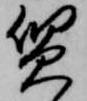
質